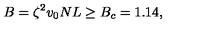
B = \zeta ^ { 2 } v _ { 0 } N L \ge B _ { c } = 1 . 1 4 ,